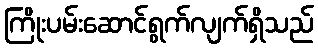
ကြိုးပမ်းဆောင်ရွက်လျက်ရှိသည်